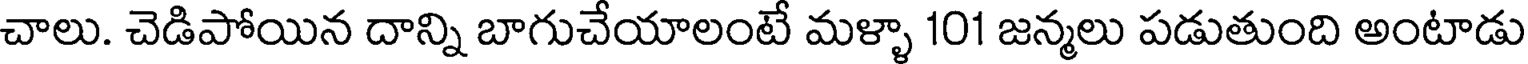
చాలు. చెడిపోయిన దాన్ని బాగుచేయాలంటే మళ్ళా 101 జన్మలు పడుతుంది అంటాడు